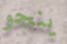
ينجو